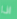
اذا